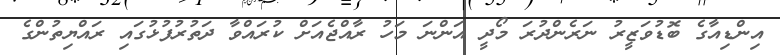
އިންޑިއާގެ ބޮޑުވަޒީރު ނަރެންދުރަ މޯދީ އަންނަ މަހު ރާއްޖެއަށް ކުރައްވާ ދަތުރުފުޅުގައި ރައްޔިތުންގެ